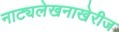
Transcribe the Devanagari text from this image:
नाट्यलेखनाखेरीज